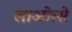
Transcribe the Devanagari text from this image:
लाओत्से